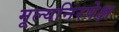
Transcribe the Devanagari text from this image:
मूल्यनिरपेक्ष